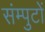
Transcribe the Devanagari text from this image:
संम्पुटों